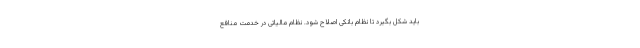
باید شکل بگیرد تا نظام بانکی اصلاح شود. نظام مالیاتی در خدمت منافع